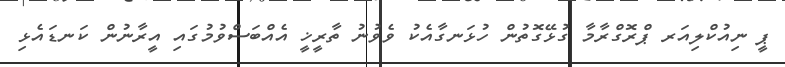
ޕީ ނިއުކްލިއަރ ޕްރޮގްރާމާ ގުޅޭގޮތުން ހުޅަނގާއެކު ވެވުނު ތާރީޚީ އެއްބަސްވުމުގައި އީރާނުން ކަނޑައެޅި